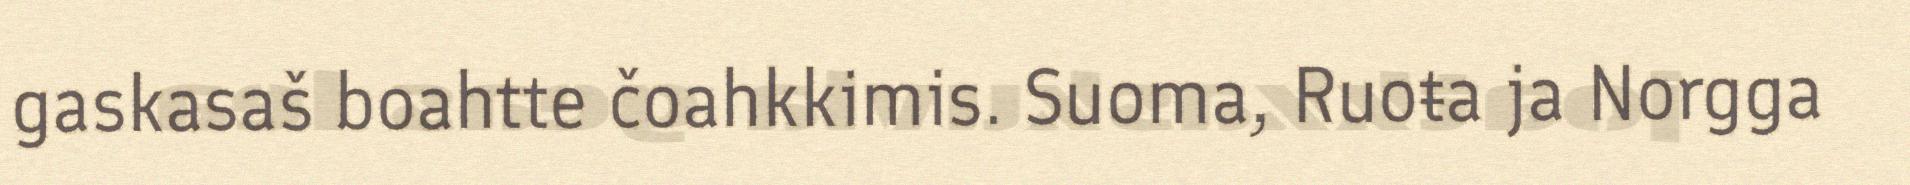
gaskasaš boahtte čoahkkimis. Suoma, Ruoŧa ja Norgga